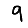
Digit: 9